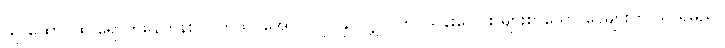
သူ ထောင်ထဲ ရောက်နေတုန်း လက်ထပ်အောင် လုပ်နိုင်လျှင် ဤ သန်းပေါင်း များစွာသော ငွေများကို သူ ရမည်။